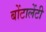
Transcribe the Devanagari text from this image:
बोंटालेंटी